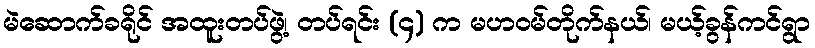
မဲဆောက်ခရိုင် အထူးတပ်ဖွဲ့၊ တပ်ရင်း (၄) က မဟဝမ်တိုက်နယ်၊ မယ့်ခွန်ကင်ရွာ